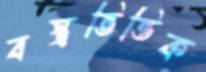
বস্ত্রভিত্তিক